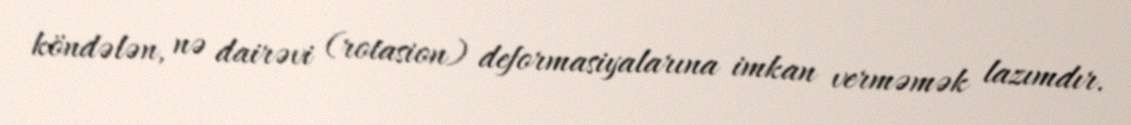
köndələn, nə dairəvi (rotasion) deformasiyalarına imkan verməmək lazımdır.